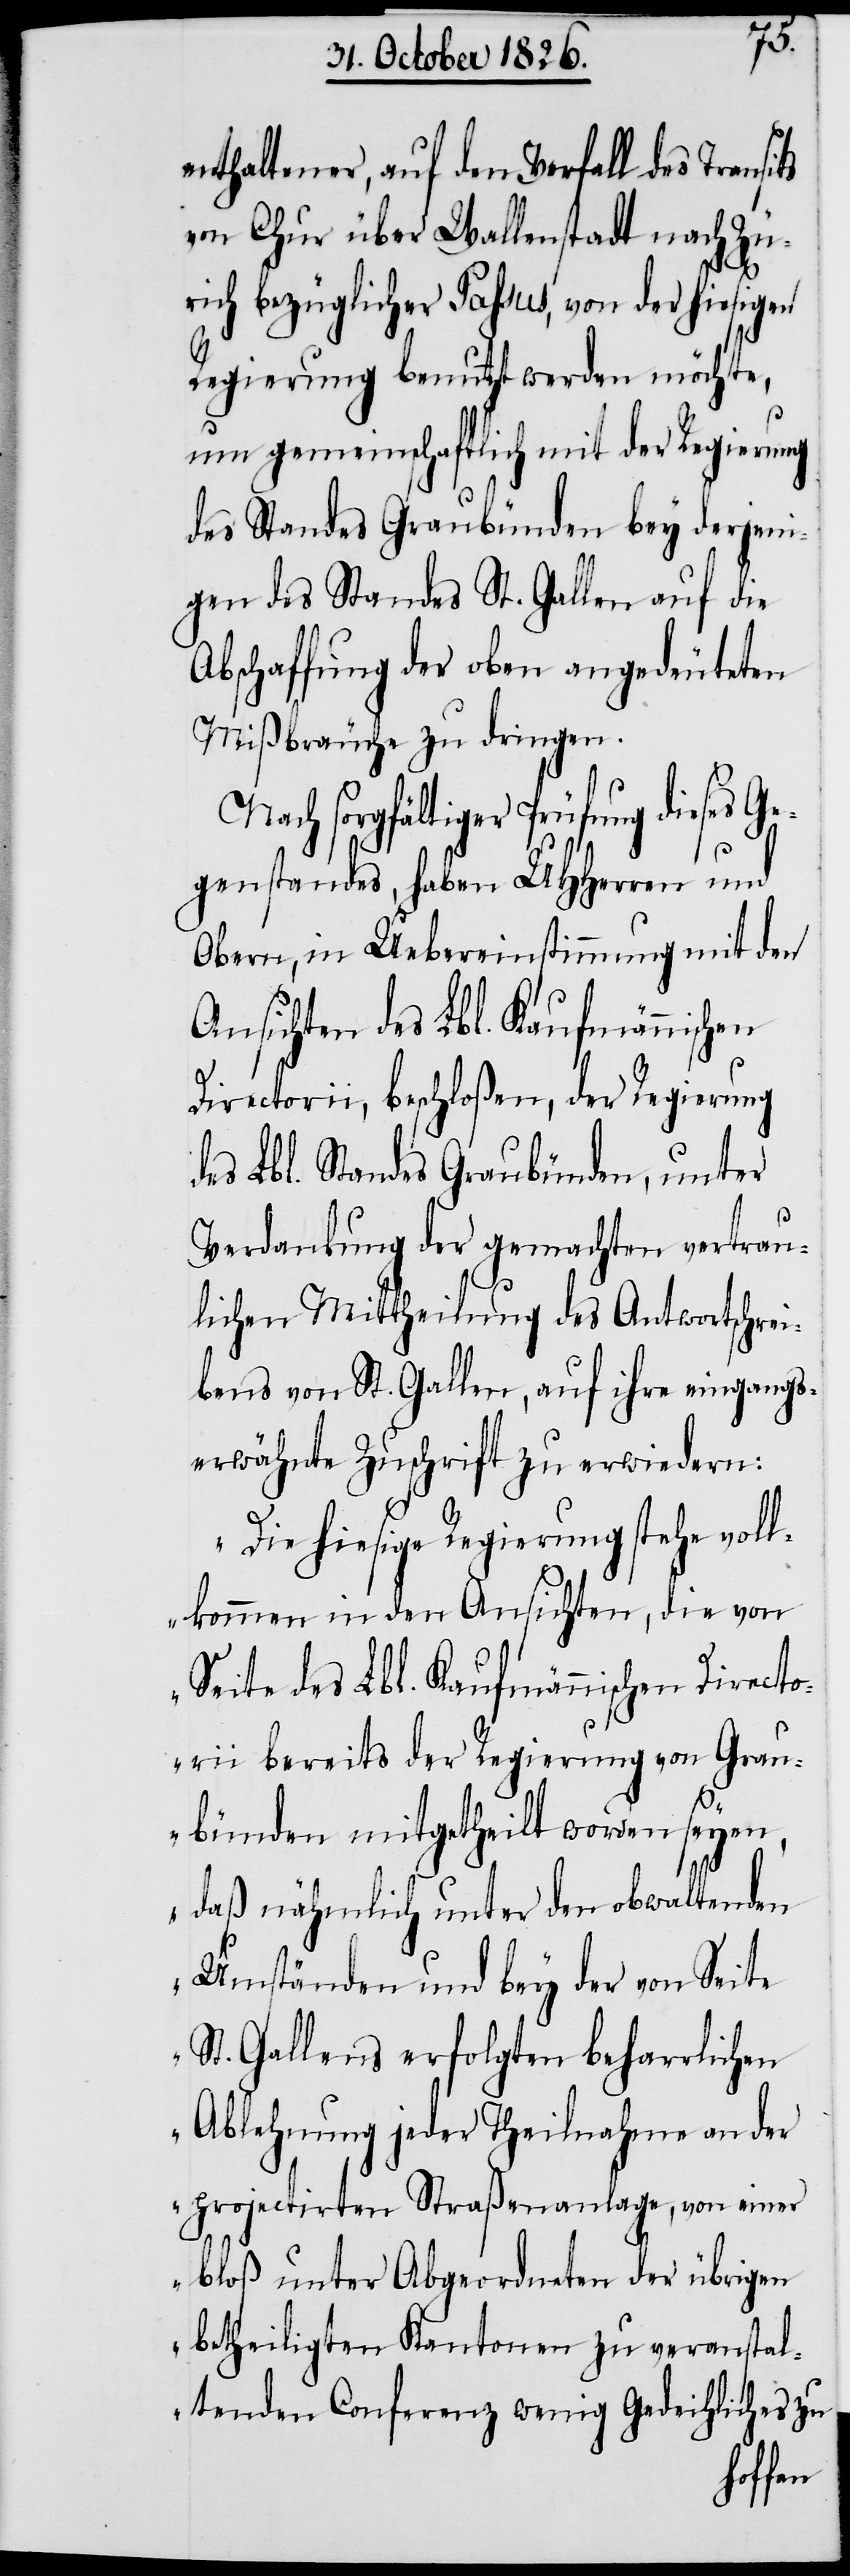
enthaltener, auf den Verfall des Transits
von Chur über Wallenstadt nach Zü¬
rich bezüglicher Passus, von der hiesigen
Regierung benutzt werden möchte,
um gemeinschaftlich mit der Regierung
des Standes Graubünden bey derjeni¬
gen des Standes St. Gallen auf die
Abschaffung der oben angedeuteten
Mißbräuche zu dringen.
sorgfältiger Prüfung dieses G¬
egenstandes, haben UHHerren und
Obern, in Uebereinstimmung mit den
Ansichten des Lbl. Kaufmännischen
Directorii, beschloßen, der Regierung
des Lbl. Standes Graubünden, unter
Verdankung der gemachten vertrau¬
lichen Mittheilung des Antwortschrei¬
bens von St. Gallen, auf ihre eingangs¬
erwähnte Zuschrift zu erwiedern:
„Die hiesige Regierung stehe voll¬
kommen in den Ansichten, die von
Seite des Lbl. Kaufmännischen Directo¬
rii bereits der Regierung von Grau¬
bünden mitgetheilt worden seyen,
daß nähmlich unter den obwaltenden
Umständen und bey der von Seite
St. Gallens erfolgten beharrlichen
Ablehnung jeder Theilnahme an der
projectirten Straßenanlage, von einer
bloß unter Abgeordneten der übrigen
betheiligten Kantonen zu veranstal¬
tenden Conferenz wenig Gedeihliches zu